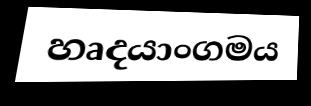
හෘදයාංගමය